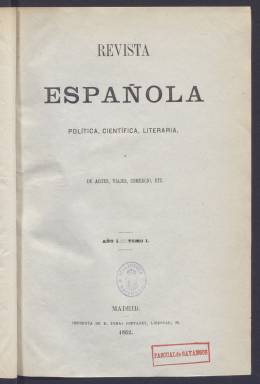
Título: Revista española (Madrid. 1862)
Colección: Cultura
Ámbito geográfico: Madrid
Lugar de publicación: Madrid
Fechas: 01/04/1862-01/11/1862